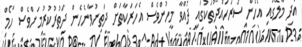
އަދި މާލޭގައި އެހެން ސަރަހައްދުތަކުގައި ދުއްވާ މީހުންވެސް އެހަރަކާތަށް ދަތިނުވާނެހެން ދަތުރުކުރުމަށްވެސް ހޯމް